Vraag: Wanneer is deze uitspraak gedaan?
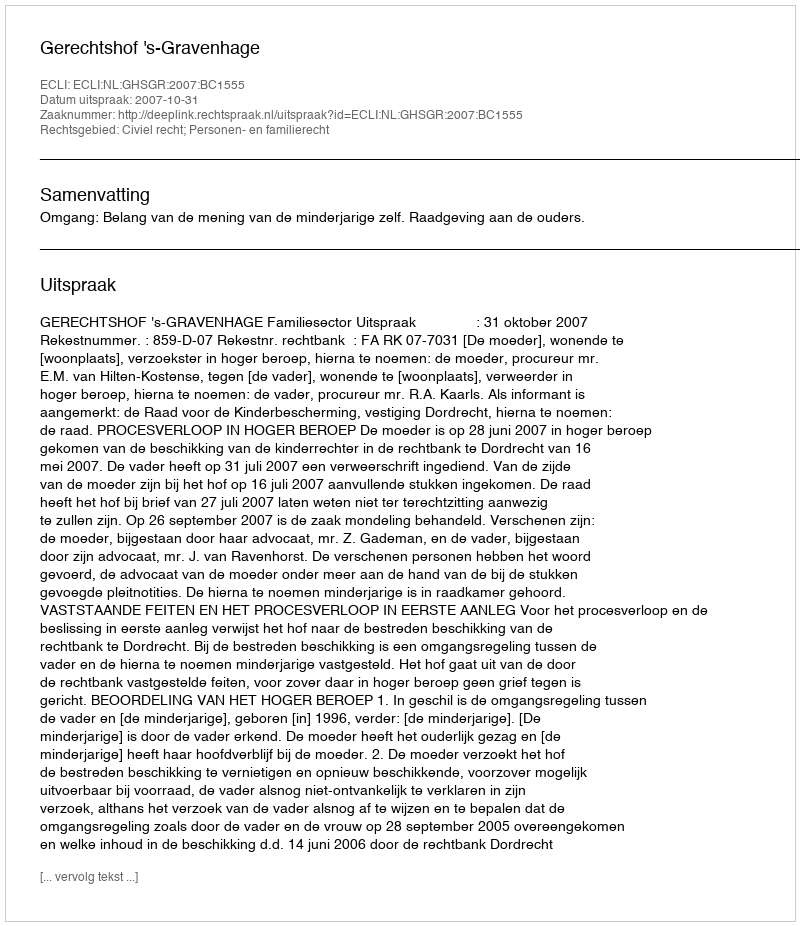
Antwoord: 2007-10-31